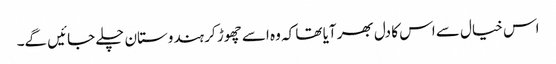
اس خیال سے اس کا دل بھر آیا تھا کہ وہ اسے چھوڑ کر ہندوستان چلے جائیں گے۔